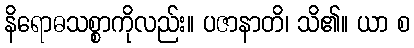
နိရောဓသစ္စာကိုလည်း။ ပဇာနာတိ၊ သိ၏။ ယာ စ